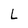
Character: L